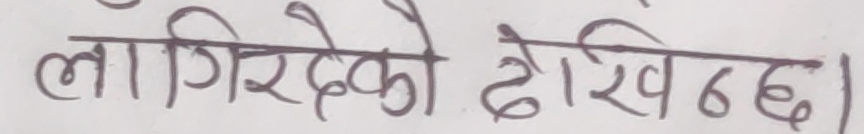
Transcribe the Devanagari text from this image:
लागिरहेको देखिन्छ।